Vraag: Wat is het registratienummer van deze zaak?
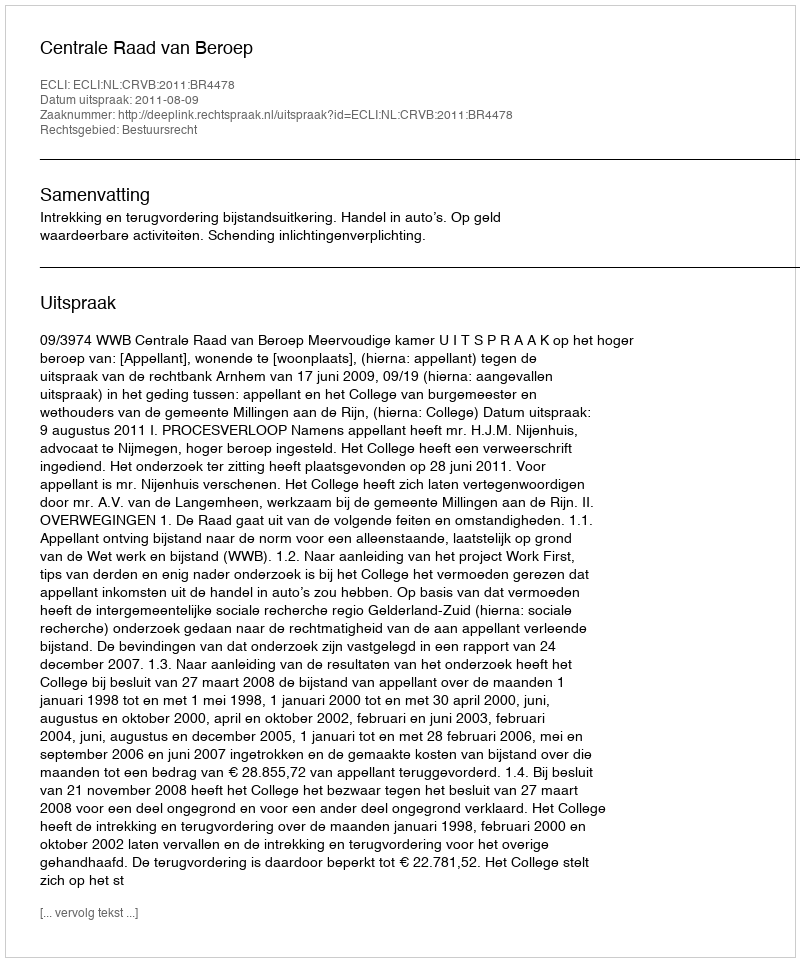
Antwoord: http://deeplink.rechtspraak.nl/uitspraak?id=ECLI:NL:CRVB:2011:BR4478